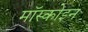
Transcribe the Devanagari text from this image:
मॉस्कोइन